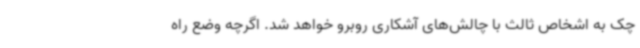
چک به اشخاص ثالث با چالش‌های آشکاری روبرو خواهد شد. اگرچه وضع راه